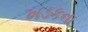
ખડકના